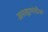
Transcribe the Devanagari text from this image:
असह्यथंडीस